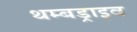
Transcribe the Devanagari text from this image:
थम्बड्राइव